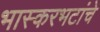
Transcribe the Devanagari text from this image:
भास्करभटांचे